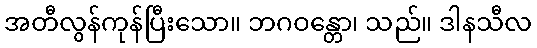
အတီလွန်ကုန်ပြီးသော။ ဘဂဝန္တော၊ သည်။ ဒါနသီလ